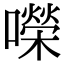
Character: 㘇